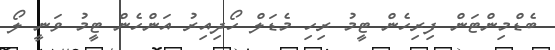
ބެޑްމިންޓަން ފިރިހެން ޓީމު ރިހި މެޑަލް ހޯދިއިރު އަންހެން ޓީމު ވަނީ ލޯ